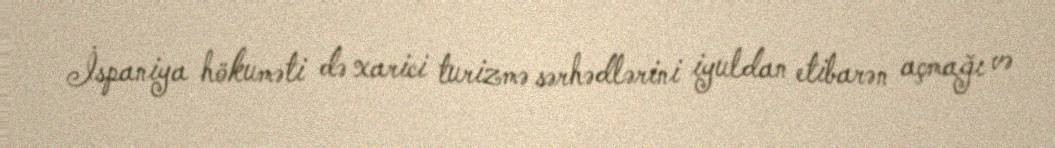
İspaniya hökuməti də xarici turizmə sərhədlərini iyuldan etibarən açmağı və